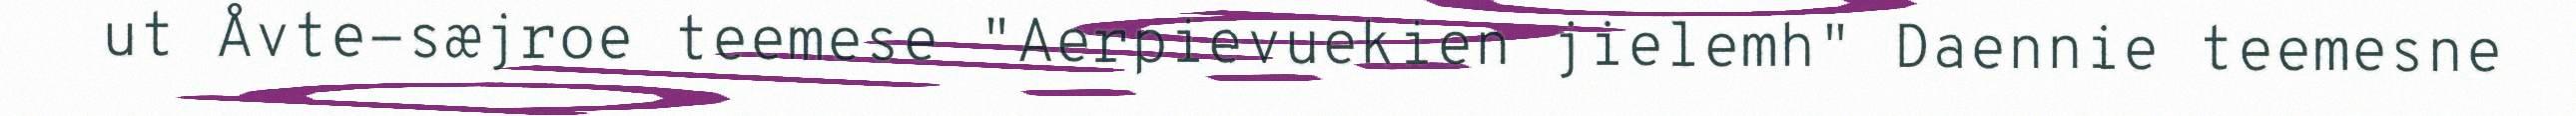
ut Åvte-sæjroe teemese "Aerpievuekien jielemh" Daennie teemesne